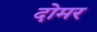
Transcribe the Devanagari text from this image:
दोमर